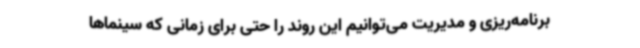
برنامه‌ریزی و مدیریت می‌توانیم این روند را حتی برای زمانی که سینماها